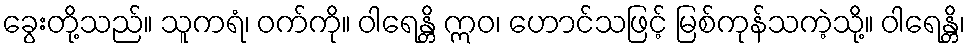
ခွေးတို့သည်။ သူကရံ၊ ဝက်ကို။ ဝါရေန္တိ ဣဝ၊ ဟောင်သဖြင့် မြစ်ကုန်သကဲ့သို့။ ဝါရေန္တိ၊